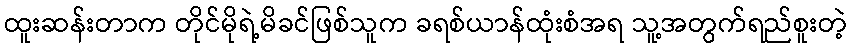
ထူးဆန်းတာက တိုင်မိုရဲ့မိခင်ဖြစ်သူက ခရစ်ယာန်ထုံးစံအရ သူ့အတွက်ရည်စူးတဲ့